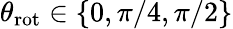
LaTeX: \theta_{\mathrm{rot}}\in\{ 0,\pi/4,\pi/2\}